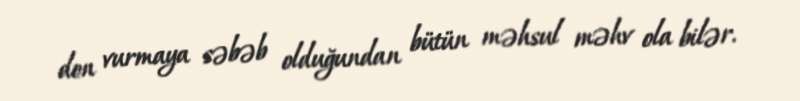
don vurmaya səbəb olduğundan bütün məhsul məhv ola bilər.